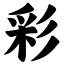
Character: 彩